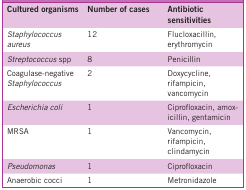
| Cultured organisms | Number of cases | Antibiotic sensitivities |
 | --- | --- | --- |
 | Staphylococcus aureus | 12 | Flucloxacillin, erythromycin |
 | Streptococcus spp | 8 | Penicillin |
 | Coagulase-negative Staphylococcus | 2 | Doxycycline, rifampicin, vancomycin |
 | Escherichia coli | 1 | Ciprofloxacin, amoxicillin, gentamicin |
 | MRSA | 1 | Vancomycin, rifampicin, clindamycin |
 | Pseudomonas | 1 | Ciprofloxacin |
 | Anaerobic cocci | 1 | Metronidazole |